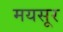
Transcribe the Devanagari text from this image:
मयसूर